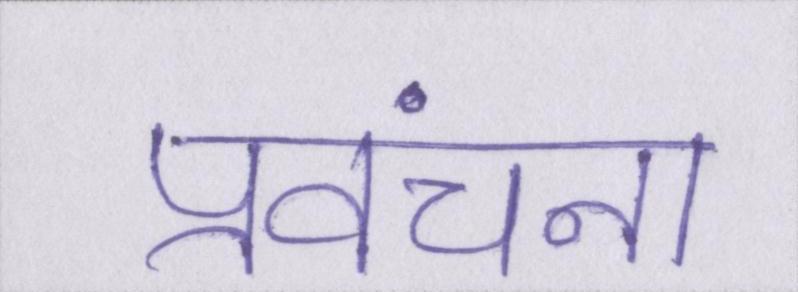
प्रवंचना